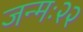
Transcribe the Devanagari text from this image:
जन्मः२२